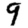
Digit: 9